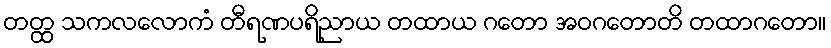
တတ္ထ သကလလောကံ တီရဏပရိညာယ တထာယ ဂတော အဝဂတောတိ တထာဂတော။